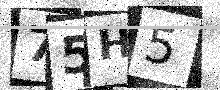
Text: 75H5